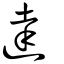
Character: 達